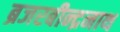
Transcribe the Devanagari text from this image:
ब्रजरबीन्द्रनाथ